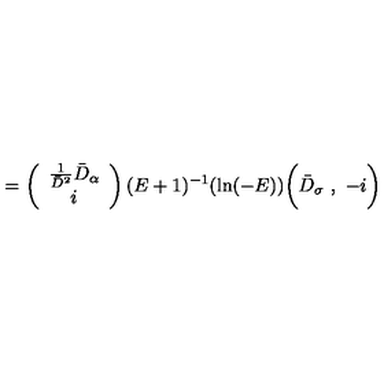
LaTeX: = \left( \begin{array} { c } { \frac { 1 } { \bar { D } ^ { 2 } } \bar { D } _ { \alpha } } \\ { i } \\ \end{array} \right) ( E + 1 ) ^ { - 1 } ( \mathrm { l n } ( - E ) ) \biggl ( \bar { D } _ { \sigma } \ , \ - i \biggr )